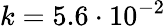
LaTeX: k=5.6\cdot 10^{-2}